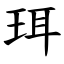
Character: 珥